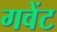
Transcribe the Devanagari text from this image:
गवेंट